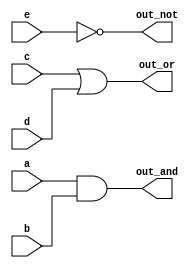
module blocking_delay(out_and, out_or, out_not, a,b,c,d,e);

	input a,b,c,d,e;
	output out_and, out_or, out_not;
	
	//reg initialisation
	reg out_and, out_or, out_not;
	//loop block
	always @(*)
	begin
	  #5 out_and = a&&b;
	  #5 out_or = c||d;
	  #5 out_not = !e;
	end
endmodule